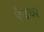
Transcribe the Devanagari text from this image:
फैक्चर